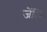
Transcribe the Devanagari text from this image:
जेंजि